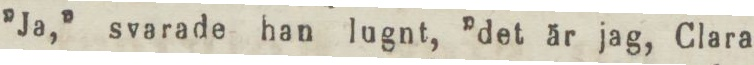
”Ja,” svarade han lugnt, ”det är jag, Clara